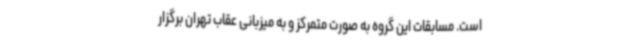
است. مسابقات این گروه به صورت متمرکز و به میزبانی عقاب تهران برگزار